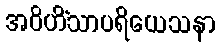
အဝိဟိံသာပရိယေသနာ